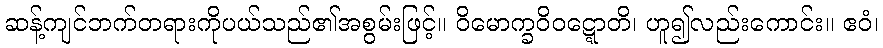
ဆန့်ကျင်ဘက်တရားကိုပယ်သည်၏အစွမ်းဖြင့်။ ဝိမောက္ခဝိဝဋ္ဋောတိ၊ ဟူ၍လည်းကောင်း။ ဧဝံ၊